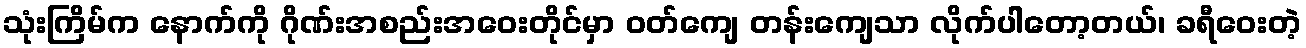
သုံးကြိမ်က နောက်ကို ဂိုဏ်းအစည်းအဝေးတိုင်မှာ ဝတ်ကျေ တန်းကျေသာ လိုက်ပါတော့တယ်၊ ခရီဝေးတဲ့